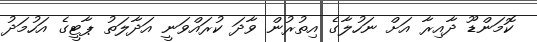
ކޮމަންޑޫ ދާއިރާ އަށް ނަހުލާގެ އިތުރުން ވާދަ ކުރައްވަނީ އަދާލަތު ޕާޓީގެ އަހުމަދު